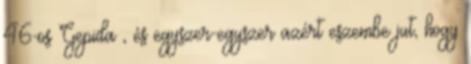
46-os Gepida , és egyszer-egyszer azért eszembe jut, hogy